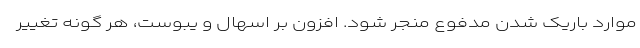
موارد باریک شدن مدفوع منجر شود. افزون بر اسهال و یبوست، هر گونه تغییر